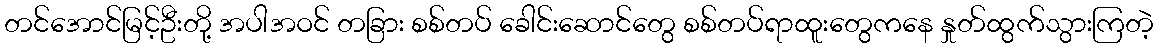
တင်အောင်မြင့်ဦးတို့ အပါအဝင် တခြား စစ်တပ် ခေါင်းဆောင်တွေ စစ်တပ်ရာထူးတွေကနေ နှုတ်ထွက်သွားကြတဲ့